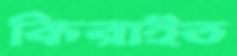
কিরাইত